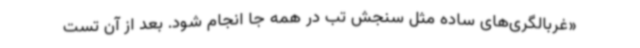
«غربالگری‌های ساده مثل سنجش تب در همه جا انجام شود. بعد از آن تست